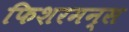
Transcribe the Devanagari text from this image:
फिशरमन्स